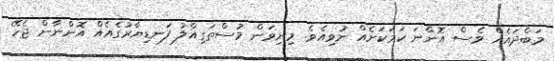
މަބްދައެއް ވެސް އޮންނަ ކަމަކަށެއް ނުވިއެވެ. މިނިވަން މުސްތަގިއްލު ފަނޑިޔާރުގެއެއް އޮންނާން ޖެހޭ